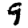
Digit: 9